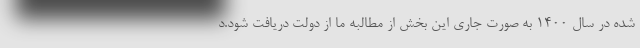
شده در سال ۱۴۰۰ به صورت جاری این بخش از مطالبه ما از دولت دریافت شود.د